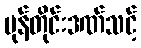
မုန်တိုင်းဒဏ်သင့်